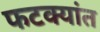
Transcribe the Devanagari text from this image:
फटक्यांत